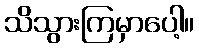
သိသွားကြမှာပေါ့။